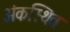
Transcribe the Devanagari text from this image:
अंकस्थित